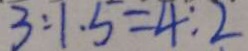
3 : 1 . 5 = 4 : 2